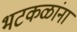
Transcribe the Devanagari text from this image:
भटकळांना